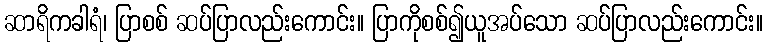
ဆာရိကခါရံ၊ ပြာစစ် ဆပ်ပြာလည်းကောင်း။ ပြာကိုစစ်၍ယူအပ်သော ဆပ်ပြာလည်းကောင်း။